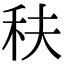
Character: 䄮